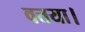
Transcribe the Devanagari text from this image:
वत्तया।